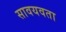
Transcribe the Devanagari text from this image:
सावयवता